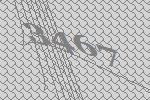
3467